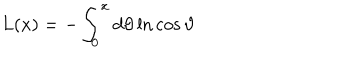
L ( x ) = - \int _ { 0 } ^ { x } d \vartheta \ln \cos \vartheta